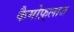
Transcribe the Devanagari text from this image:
कैमोफ़्लाज